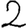
Digit: 2